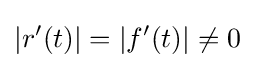
|r'(t)|=|f'(t)|\neq 0